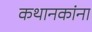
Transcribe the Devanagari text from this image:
कथानकांना